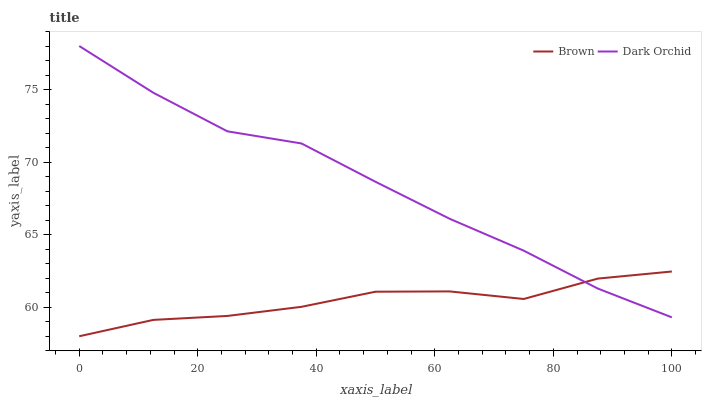
| xaxis_label | Brown | Dark Orchid |
 | --- | --- | --- |
 | 0 | 58 | 78 |
 | 12.5 | 59.1 | 74.8 |
 | 25 | 59.4 | 72.1 |
 | 37.5 | 60 | 71.3 |
 | 50 | 61.1 | 68.6 |
 | 62.5 | 61.1 | 66.1 |
 | 75 | 60.6 | 63.9 |
 | 87.5 | 62 | 61.3 |
 | 100 | 62.5 | 59.3 |